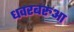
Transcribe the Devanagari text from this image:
धवरबरुआ